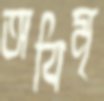
অবিমৃ